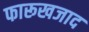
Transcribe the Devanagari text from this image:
फारूखजाद